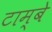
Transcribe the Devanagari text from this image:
टाम्बे